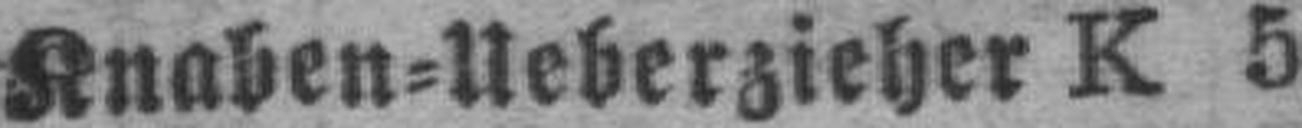
Knaben=Ueberzieher K 5